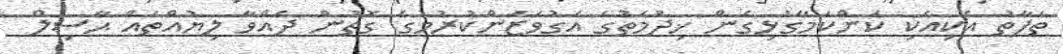
ތަފާތު އެކިއެކި ކަންކަމާގުޅިގެން ޚިދުމަތުގެ އަގުވަޒަންކުރުމުގެ ގޮތުން ދެއްވާ ލިޔުއްތައް ޙާސިލް